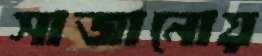
সাজানোয়